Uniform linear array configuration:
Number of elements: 64
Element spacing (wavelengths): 1
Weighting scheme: hann
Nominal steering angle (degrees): -60
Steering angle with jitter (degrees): -60.739
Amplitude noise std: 0.05
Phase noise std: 0.05

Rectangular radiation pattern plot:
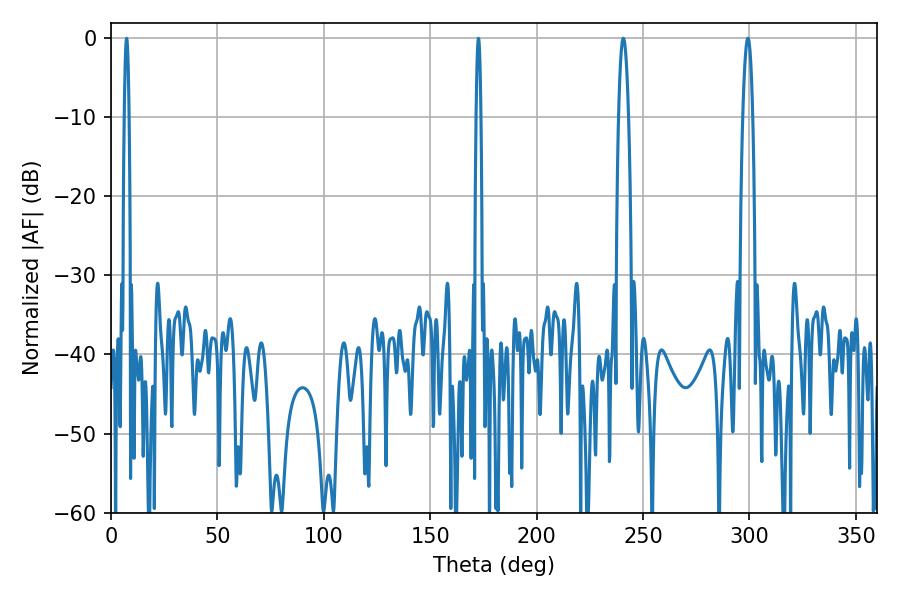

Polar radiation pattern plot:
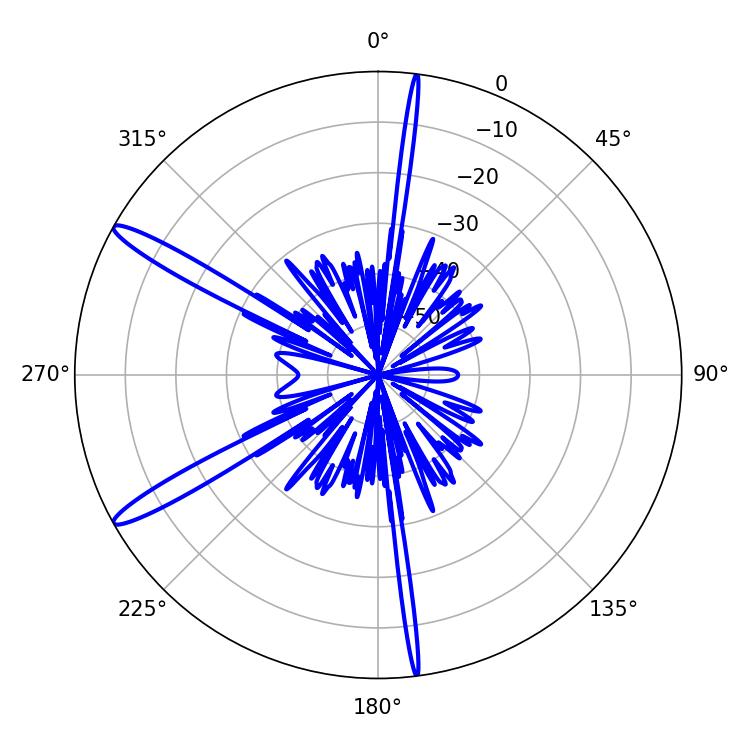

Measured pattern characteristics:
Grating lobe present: TRUE
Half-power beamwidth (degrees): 2.52
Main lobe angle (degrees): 299.34